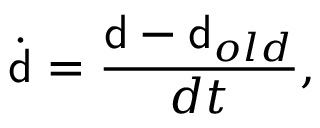
\dot { { \mathsf { d } } } = \frac { { \mathsf { d } } - { \mathsf { d } } _ { o l d } } { d t } ,